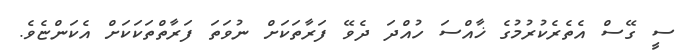
ސީ ގޭސް އެތެރެކުރުމުގެ ޚާއްސަ ހުއްދަ ދެވޭ ފަރާތަކަށް ނުވަތަ ފަރާތްތަކަކަށް އެކަންޏެވެ.